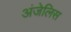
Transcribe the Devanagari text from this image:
अंजेलिस